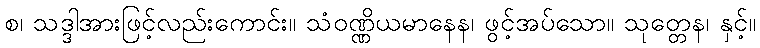
စ၊ သဒ္ဒါအားဖြင့်လည်းကောင်း။ သံဝဏ္ဏိယမာနေန၊ ဖွင့်အပ်သော။ သုတ္တေန၊ နှင့်။